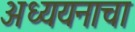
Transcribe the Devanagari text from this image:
अध्ययनाचा